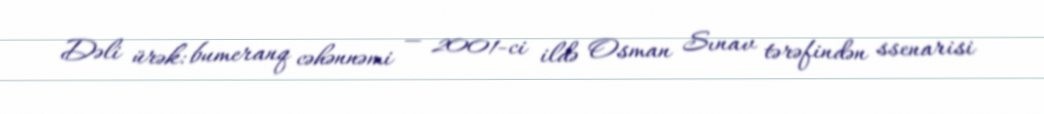
Dəli ürək: bumeranq cəhənnəmi — 2001-ci ildə Osman Sınav tərəfindən ssenarisi